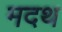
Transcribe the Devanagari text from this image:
मदथ